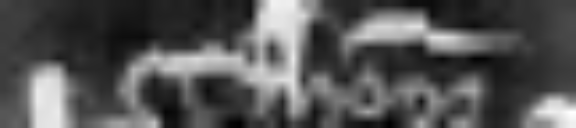
Thome